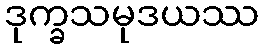
ဒုက္ခသမုဒယဿ